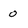
Character: 0